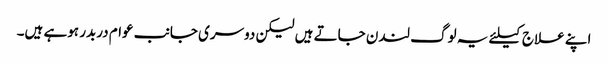
اپنے علاج کیلئے یہ لوگ لندن جاتے ہیں لیکن دوسری جانب عوام دربدر ہوہے ہیں۔